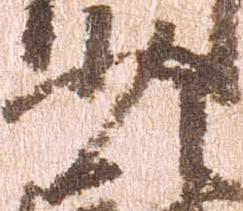
少